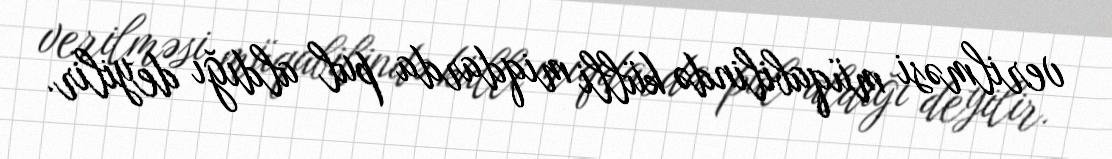
verilməsi müqabilində külli miqdarda pul aldığı deyilir.